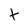
Character: t